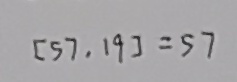
[ 5 7 , 1 9 ] = 5 7